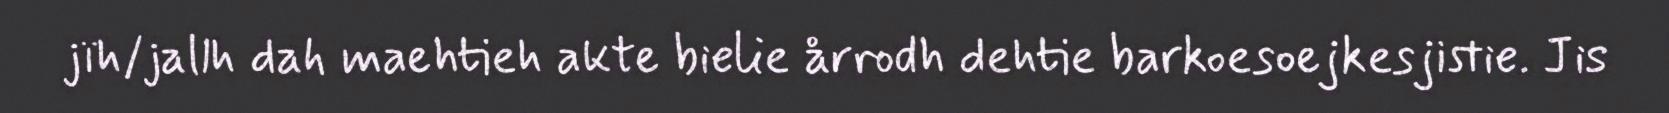
jïh/jallh dah maehtieh akte bielie årrodh dehtie barkoesoejkesjistie. Jis